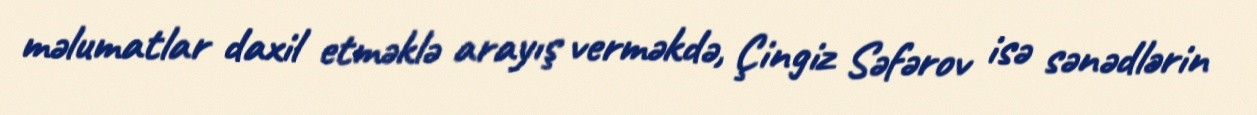
məlumatlar daxil etməklə arayış verməkdə, Çingiz Səfərov isə sənədlərin